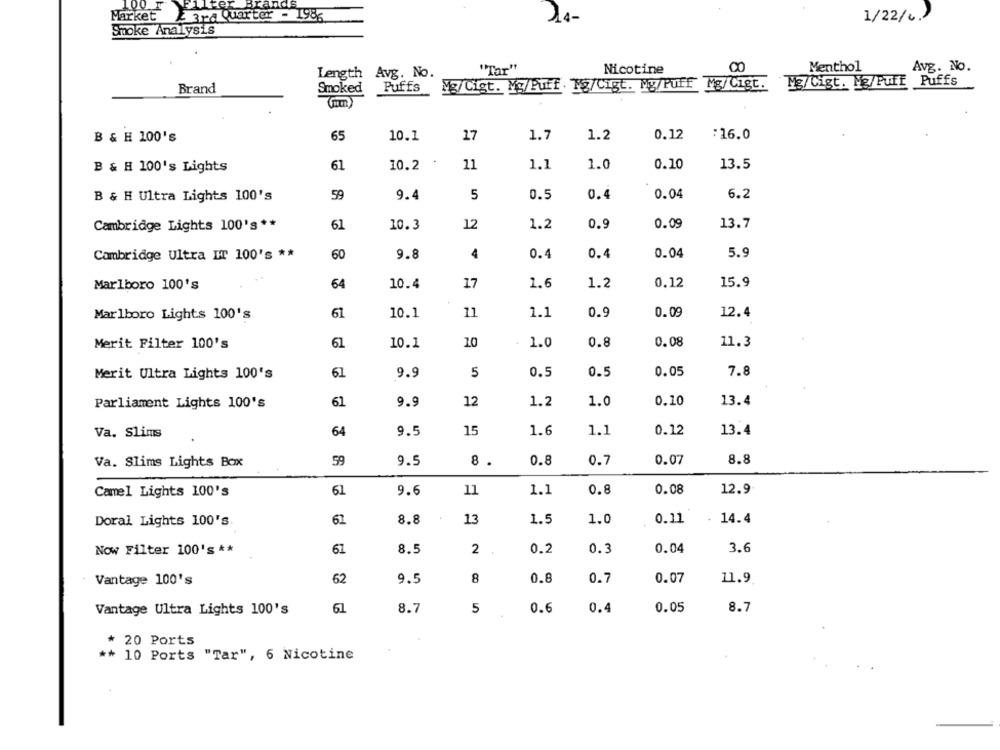
100 r
Filter Brands
2 3ra Quarter - 198%
Market
14-
1/22/6.)
Smoke Analysis
"Tar"
00
Menthol
Avg. No.
Length Avg. No.
Length
Nicotine
Mg/Cigt. Na/Puff Puffs
Brand
Smoked
Puffs
Mg/Cigt. Mg/Puff . Mg/Cigt. My/Puff Mg/Cigt.
17
1.2
0.12
:16.0
B & H 100's
65
10.1
1.7
61
10.2
11
1.1
1.0
0.10
13.5
B & H 100's Lights
59
5
0.04
6.2
B & H Ultra Lights 100's
9.4
0.5
0.4
Cambridge Lights 100's **
61
10.3
12
1.2
0.9
0.09
13.7
Cambridge Ultra IT 100's **
60
9.8
4
0.4
0.4
0.04
5.9
Marlboro 100's
64
10.4
17
1.6
1.2
0.12
15.9
Marlboro Lights 100's
61
10.1
11
1.1
0.9
0.09
12.4
Merit Filter 100's
61
10.1
10
1.0
0.8
0.08
11.3
Merit Ultra Lights 100's
61
9.9
5
0.5
0.5
0.05
7.8
Parliament Lights 100's
61
9.9
12
1.2
1.0
0.10
13.4
Va. Slims
64
9.5
15
1.6
1.1
0.12
13.4
Va. Slims Lights Box
59
9.5
8 .
0.8
0.7
0.07
8.8
Camel Lights 100's
61
9.6
11
1.1
0.8
0.08
12.9
Doral Lights 100's
62
8.8
13
1.5
1.0
0.11
14.4
0.04
3.6
Now Filter 100's **
67
8.5
2
0.2
0.3
8
Vantage 100's
62
9.5
0.8
0.7
0.07
11.9
0.05
8.7
Vantage Ultra Lights 100's
61
8.7
5
0.6
0.4
* 20 Ports
** 10 Ports "Tar", 6 Nicotine